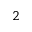
^ { 2 }